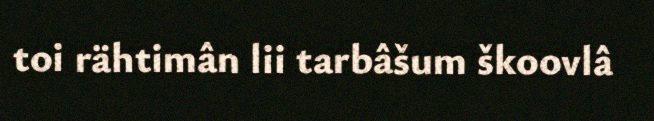
toi rähtimân lii tarbâšum škoovlâ